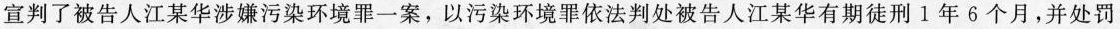
宣判了被告人江某华涉嫌污染环境罪一案，以污染环境罪依法判处被告人江某华有期徒刑l年6个月，并处罚